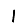
Digit: 1